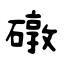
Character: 礅